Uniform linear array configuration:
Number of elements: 4
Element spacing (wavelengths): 0.5
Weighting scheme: hamming
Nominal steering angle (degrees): -60
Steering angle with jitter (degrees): -60.662
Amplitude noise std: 0.05
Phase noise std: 0.05

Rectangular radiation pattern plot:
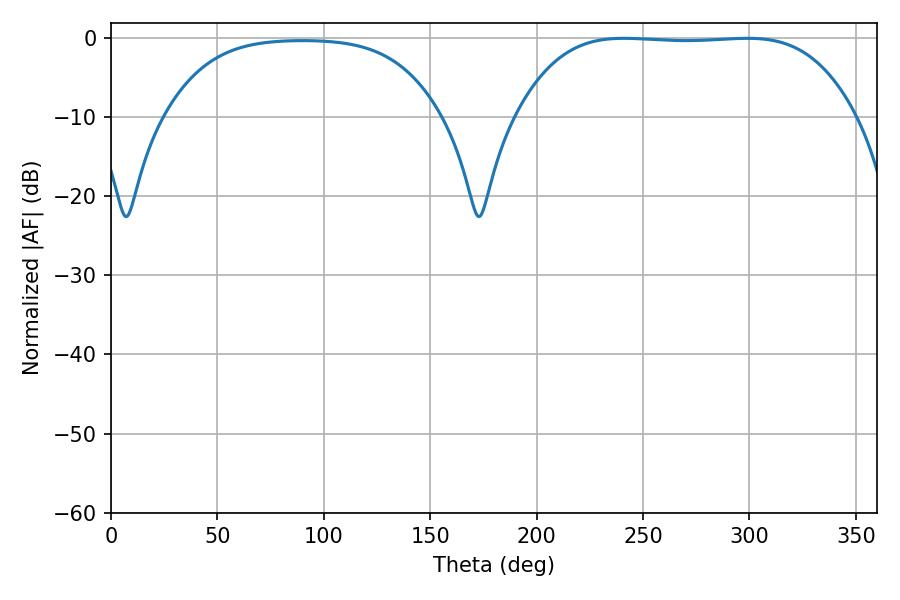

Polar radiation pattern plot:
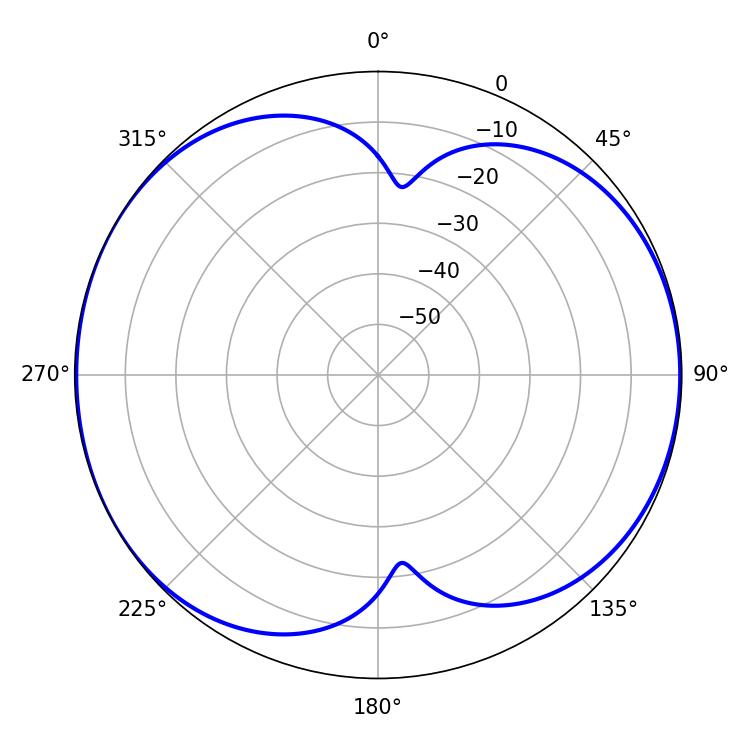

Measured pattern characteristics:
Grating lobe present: FALSE
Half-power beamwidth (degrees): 123.12
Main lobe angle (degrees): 241.02